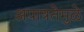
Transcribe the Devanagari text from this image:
अपात्रतेमुळे